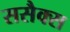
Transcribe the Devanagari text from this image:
ससैक्स